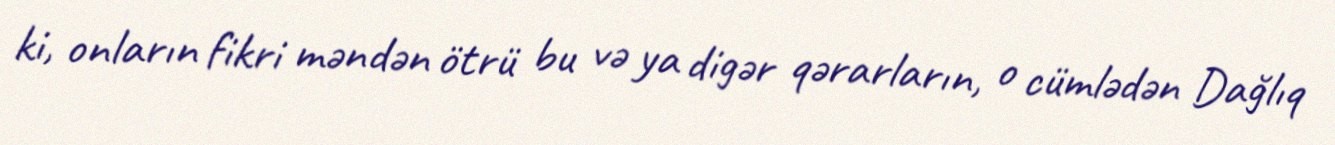
ki, onların fikri məndən ötrü bu və ya digər qərarların, o cümlədən Dağlıq